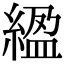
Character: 䋼